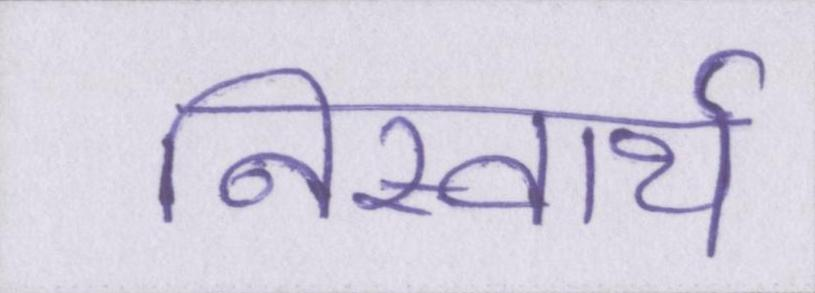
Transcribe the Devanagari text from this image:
निस्वार्थ